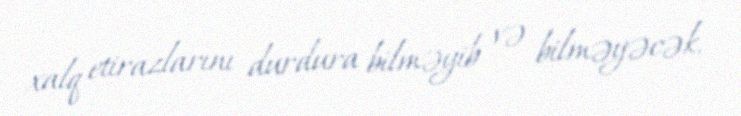
xalq etirazlarını durdura bilməyib və bilməyəcək.